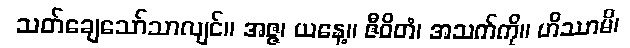
သတ်ချေသော်သာလျင်။ အဇ္ဇ၊ ယနေ့။ ဇီဝိတံ၊ အသက်ကို။ ဟိဿာမိ၊